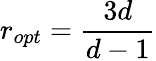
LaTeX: r_{opt}=\frac{3d}{d-1}